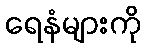
ရေနံများကို